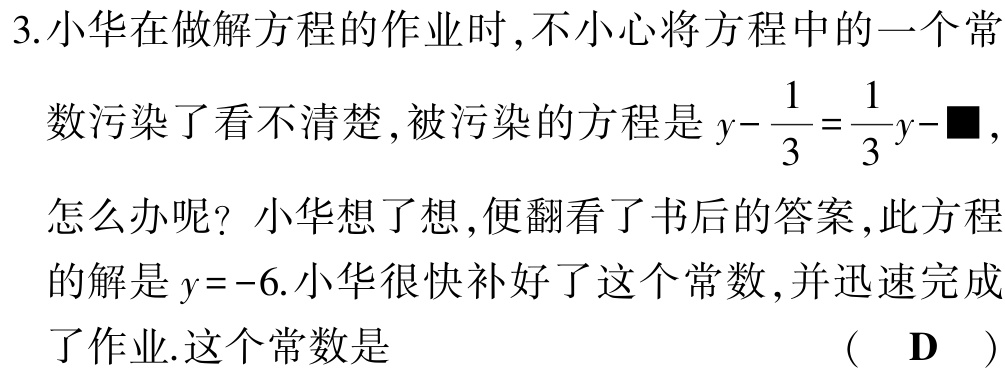
3.小华在做解方程的作业时,不小心将方程中的一个常

数污染了看不清楚,被污染的方程是\(y - \frac{1}{3} = \frac{1}{3}y -■\),

怎么办呢? 小华想了想,便翻看了书后的答案,此方程

的解是\(y = - 6\).小华很快补好了这个常数,并迅速完成

了作业.这个常数是 （ D ）